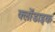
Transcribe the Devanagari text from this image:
क्लोंडाइक